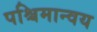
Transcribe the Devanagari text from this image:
पश्चिमान्वय